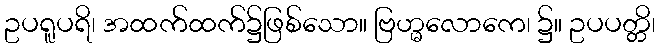
ဥပရူပရိ၊ အထက်ထက်၌ဖြစ်သော။ ဗြဟ္မလောကေ၊ ၌။ ဥပပတ္တိ၊